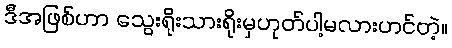
ဒီအဖြစ်ဟာ သွေးရိုးသားရိုးမှဟုတ်ပါ့မလားဟင်တဲ့။